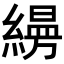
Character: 𦄡